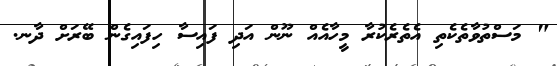
" މަސްތުވާތެކެތި އެތެރެކުރާ މީހާއެއް ނޫން އަދި ފައިސާ ހިފައިގެން ބޭރަށް ދާނ.